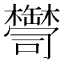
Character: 𦉠